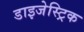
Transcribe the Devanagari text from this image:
डाइजेस्ट्रिक